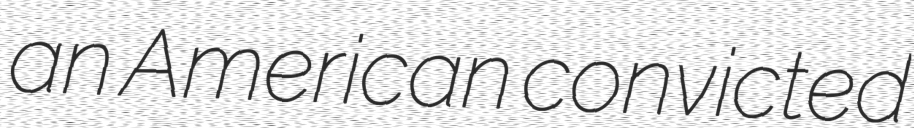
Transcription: an American convicted